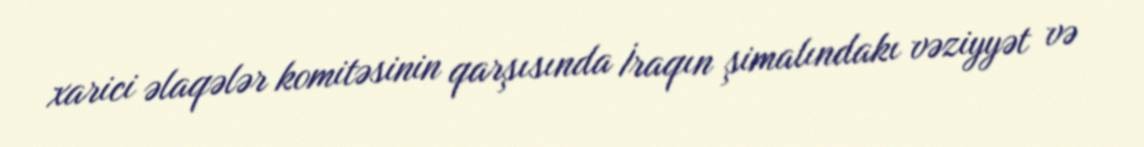
xarici əlaqələr komitəsinin qarşısında İraqın şimalındakı vəziyyət və